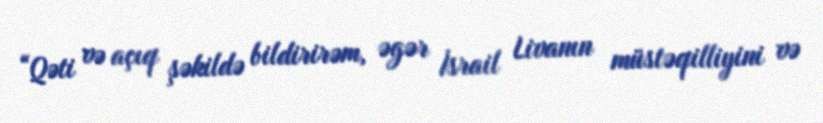
“Qəti və açıq şəkildə bildirirəm, əgər İsrail Livanın müstəqilliyini və